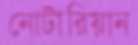
নোটারিয়ান